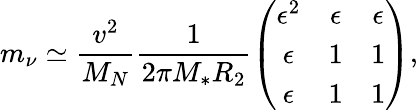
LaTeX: m_{\nu}\simeq\frac{v^{2}}{M_{N}}\frac{1}{2\pi M_{\ast}R_{2}}\left(\begin{array}{ccc}{{\epsilon^{2}}}&{{\epsilon}}&{{\epsilon}}\\ {{\epsilon}}&{{1}}&{{1}}\\ {{\epsilon}}&{{1}}&{{1}}\end{array}\right),